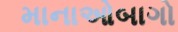
માનાઓબાગો